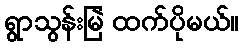
ရွာသွန်းမြဲ ထက်ပိုမယ်။